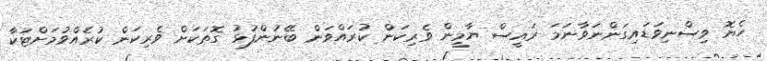
ހެޔޮ ވިސްނިވަޑައިގަންނަވާނަމަ ރައީސް ޔާމީން ވެރިކަން ކުރައްވަން ބޭނުންފުޅު ގޮތަކަށް ވެރިކަން ކުރެއްވުމަށްޓަކާ